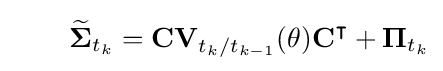
\qquad {\widetilde {\mathbf {\Sigma } }}_{t_{k}}=\mathbf {CV} _{t_{k}/t_{k-1}}(\theta )\mathbf {C} ^{\intercal }+\mathbf {\Pi } _{t_{k}}